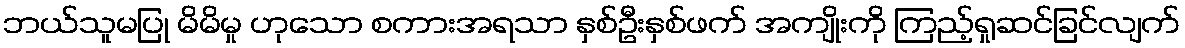
ဘယ်သူမပြု မိမိမှု ဟုသော စကားအရသာ နှစ်ဦးနှစ်ဖက် အကျိုးကို ကြည့်ရှုဆင်ခြင်လျက်